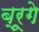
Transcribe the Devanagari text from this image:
ब्रूगे